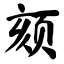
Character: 颏